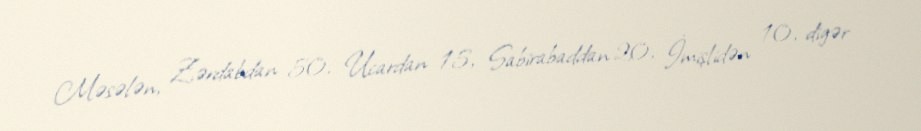
Məsələn, Zərdabdan 50, Ucardan 15, Sabirabaddan 20, İmişlidən 10, digər